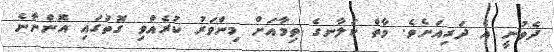
ދެވުނީ އެ ދަރިއަށެވެ. މާތް ކަލާނގެ ތިމާއަށް މިންވަރު ކުރެއްވި ގޮތުގައި އޮންނާނެ